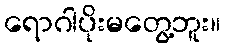
ရောဂါပိုးမတွေ့ဘူး။